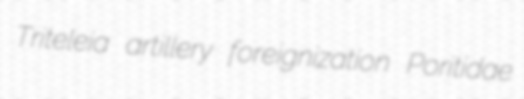
Triteleia artillery foreignization Poritidae